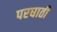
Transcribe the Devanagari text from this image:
परघाती